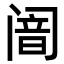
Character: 𬮴